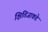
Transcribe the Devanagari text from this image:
क्षितिजाकडे